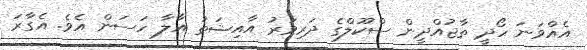
އެއްވަނަ ހޯދީ ތާޖުއްދީން ސްކޫލްގެ ދަރިވަރު އާއިޝަތު އާލާ ހަސަން އެވެ. އެގާރަ